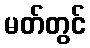
မတ်တွင်